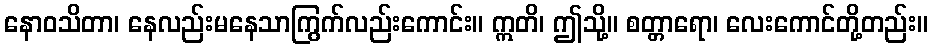
နောဝသိတာ၊ နေလည်းမနေသာကြွက်လည်းကောင်း။ ဣတိ၊ ဤသို့။ စတ္တာရော၊ လေးကောင်တို့တည်း။